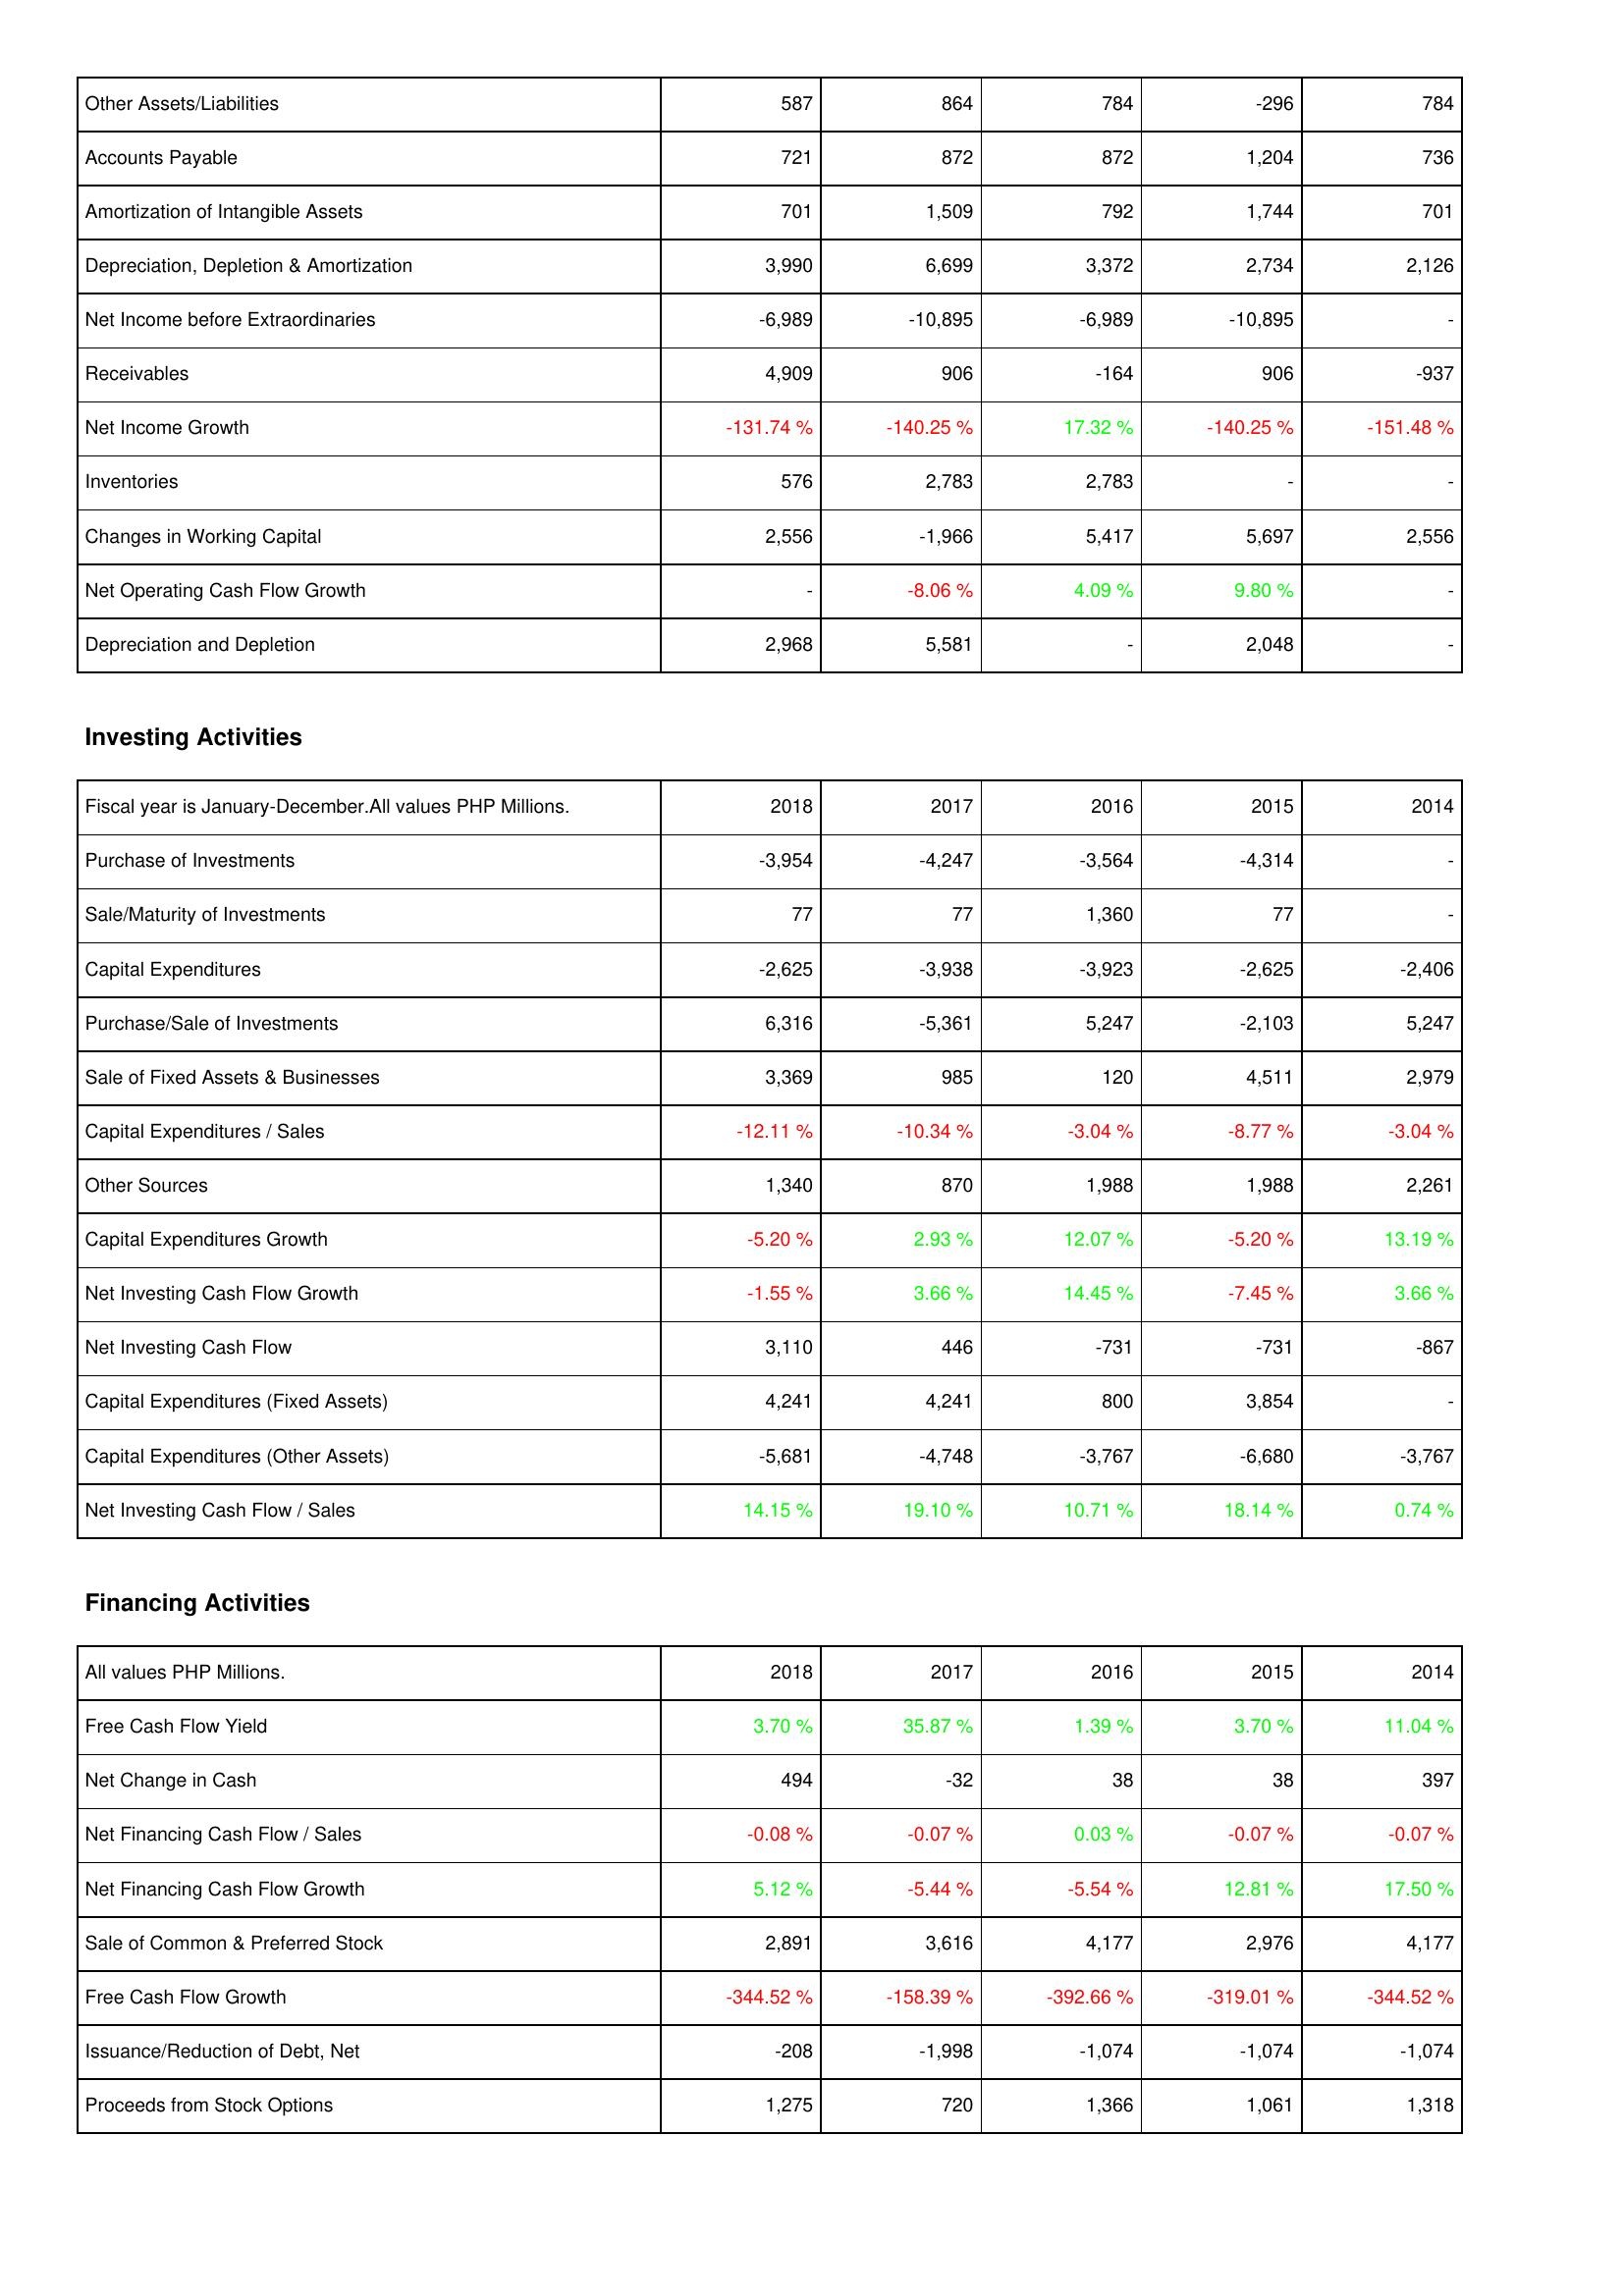
2018: Operating Activities: Other Assets/Liabilities: 587
Accounts Payable: 721
Amortization of Intangible Assets: 701
Depreciation, Depletion & Amortization: 3,990
Net Income before Extraordinaries: -6,989
Receivables: 4,909
Net Income Growth: -131.74 %
Inventories: 576
Changes in Working Capital: 2,556
Net Operating Cash Flow Growth: -
Depreciation and Depletion: 2,968
Investing Activities: Purchase of Investments: -3,954
Sale/Maturity of Investments: 77
Capital Expenditures: -2,625
Purchase/Sale of Investments: 6,316
Sale of Fixed Assets & Businesses: 3,369
Capital Expenditures / Sales: -12.11 %
Other Sources: 1,340
Capital Expenditures Growth: -5.20 %
Net Investing Cash Flow Growth: -1.55 %
Net Investing Cash Flow: 3,110
Capital Expenditures (Fixed Assets): 4,241
Capital Expenditures (Other Assets): -5,681
Net Investing Cash Flow / Sales: 14.15 %
Financing Activities: Free Cash Flow Yield: 3.70 %
Net Change in Cash: 494
Net Financing Cash Flow / Sales: -0.08 %
Net Financing Cash Flow Growth: 5.12 %
Sale of Common & Preferred Stock: 2,891
Free Cash Flow Growth: -344.52 %
Issuance/Reduction of Debt, Net: -208
Proceeds from Stock Options: 1,275
2017: Operating Activities: Other Assets/Liabilities: 864
Accounts Payable: 872
Amortization of Intangible Assets: 1,509
Depreciation, Depletion & Amortization: 6,699
Net Income before Extraordinaries: -10,895
Receivables: 906
Net Income Growth: -140.25 %
Inventories: 2,783
Changes in Working Capital: -1,966
Net Operating Cash Flow Growth: -8.06 %
Depreciation and Depletion: 5,581
Investing Activities: Purchase of Investments: -4,247
Sale/Maturity of Investments: 77
Capital Expenditures: -3,938
Purchase/Sale of Investments: -5,361
Sale of Fixed Assets & Businesses: 985
Capital Expenditures / Sales: -10.34 %
Other Sources: 870
Capital Expenditures Growth: 2.93 %
Net Investing Cash Flow Growth: 3.66 %
Net Investing Cash Flow: 446
Capital Expenditures (Fixed Assets): 4,241
Capital Expenditures (Other Assets): -4,748
Net Investing Cash Flow / Sales: 19.10 %
Financing Activities: Free Cash Flow Yield: 35.87 %
Net Change in Cash: -32
Net Financing Cash Flow / Sales: -0.07 %
Net Financing Cash Flow Growth: -5.44 %
Sale of Common & Preferred Stock: 3,616
Free Cash Flow Growth: -158.39 %
Issuance/Reduction of Debt, Net: -1,998
Proceeds from Stock Options: 720
2016: Operating Activities: Other Assets/Liabilities: 784
Accounts Payable: 872
Amortization of Intangible Assets: 792
Depreciation, Depletion & Amortization: 3,372
Net Income before Extraordinaries: -6,989
Receivables: -164
Net Income Growth: 17.32 %
Inventories: 2,783
Changes in Working Capital: 5,417
Net Operating Cash Flow Growth: 4.09 %
Depreciation and Depletion: -
Investing Activities: Purchase of Investments: -3,564
Sale/Maturity of Investments: 1,360
Capital Expenditures: -3,923
Purchase/Sale of Investments: 5,247
Sale of Fixed Assets & Businesses: 120
Capital Expenditures / Sales: -3.04 %
Other Sources: 1,988
Capital Expenditures Growth: 12.07 %
Net Investing Cash Flow Growth: 14.45 %
Net Investing Cash Flow: -731
Capital Expenditures (Fixed Assets): 800
Capital Expenditures (Other Assets): -3,767
Net Investing Cash Flow / Sales: 10.71 %
Financing Activities: Free Cash Flow Yield: 1.39 %
Net Change in Cash: 38
Net Financing Cash Flow / Sales: 0.03 %
Net Financing Cash Flow Growth: -5.54 %
Sale of Common & Preferred Stock: 4,177
Free Cash Flow Growth: -392.66 %
Issuance/Reduction of Debt, Net: -1,074
Proceeds from Stock Options: 1,366
2015: Operating Activities: Other Assets/Liabilities: -296
Accounts Payable: 1,204
Amortization of Intangible Assets: 1,744
Depreciation, Depletion & Amortization: 2,734
Net Income before Extraordinaries: -10,895
Receivables: 906
Net Income Growth: -140.25 %
Inventories: -
Changes in Working Capital: 5,697
Net Operating Cash Flow Growth: 9.80 %
Depreciation and Depletion: 2,048
Investing Activities: Purchase of Investments: -4,314
Sale/Maturity of Investments: 77
Capital Expenditures: -2,625
Purchase/Sale of Investments: -2,103
Sale of Fixed Assets & Businesses: 4,511
Capital Expenditures / Sales: -8.77 %
Other Sources: 1,988
Capital Expenditures Growth: -5.20 %
Net Investing Cash Flow Growth: -7.45 %
Net Investing Cash Flow: -731
Capital Expenditures (Fixed Assets): 3,854
Capital Expenditures (Other Assets): -6,680
Net Investing Cash Flow / Sales: 18.14 %
Financing Activities: Free Cash Flow Yield: 3.70 %
Net Change in Cash: 38
Net Financing Cash Flow / Sales: -0.07 %
Net Financing Cash Flow Growth: 12.81 %
Sale of Common & Preferred Stock: 2,976
Free Cash Flow Growth: -319.01 %
Issuance/Reduction of Debt, Net: -1,074
Proceeds from Stock Options: 1,061
2014: Operating Activities: Other Assets/Liabilities: 784
Accounts Payable: 736
Amortization of Intangible Assets: 701
Depreciation, Depletion & Amortization: 2,126
Net Income before Extraordinaries: -
Receivables: -937
Net Income Growth: -151.48 %
Inventories: -
Changes in Working Capital: 2,556
Net Operating Cash Flow Growth: -
Depreciation and Depletion: -
Investing Activities: Purchase of Investments: -
Sale/Maturity of Investments: -
Capital Expenditures: -2,406
Purchase/Sale of Investments: 5,247
Sale of Fixed Assets & Businesses: 2,979
Capital Expenditures / Sales: -3.04 %
Other Sources: 2,261
Capital Expenditures Growth: 13.19 %
Net Investing Cash Flow Growth: 3.66 %
Net Investing Cash Flow: -867
Capital Expenditures (Fixed Assets): -
Capital Expenditures (Other Assets): -3,767
Net Investing Cash Flow / Sales: 0.74 %
Financing Activities: Free Cash Flow Yield: 11.04 %
Net Change in Cash: 397
Net Financing Cash Flow / Sales: -0.07 %
Net Financing Cash Flow Growth: 17.50 %
Sale of Common & Preferred Stock: 4,177
Free Cash Flow Growth: -344.52 %
Issuance/Reduction of Debt, Net: -1,074
Proceeds from Stock Options: 1,318